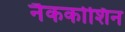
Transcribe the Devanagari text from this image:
नैककोशिन